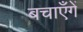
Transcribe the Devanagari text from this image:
बचाएँगें